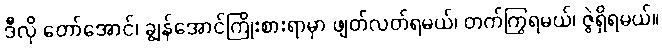
ဒီလို တော်အောင်၊ ချွန်အောင်ကြိုးစားရာမှာ ဖျတ်လတ်ရမယ်၊ တက်ကြွရမယ်၊ ဇွဲရှိရမယ်။